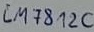
Text: LM812C